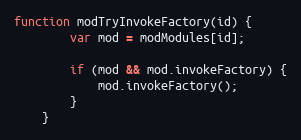
Language: JavaScript
function modTryInvokeFactory(id) {
        var mod = modModules[id];

        if (mod && mod.invokeFactory) {
            mod.invokeFactory();
        }
    }